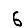
Digit: 6